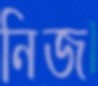
নিজ